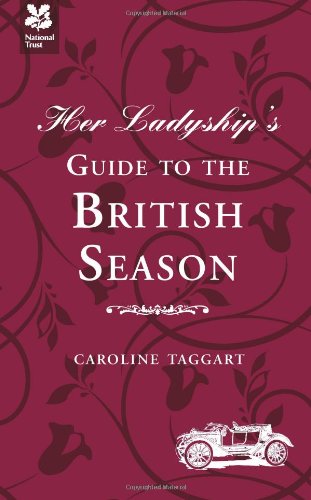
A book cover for Her Ladyship's Guide to the British Season; Caroline Taggart; Reference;